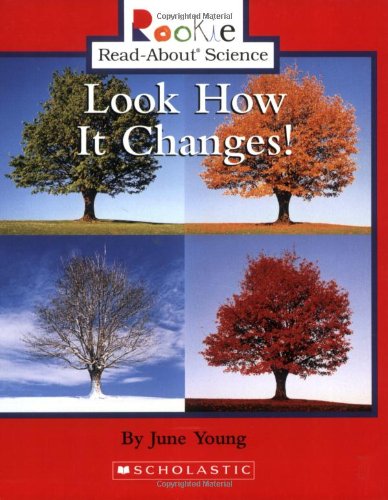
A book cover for Look How It Changes! (Rookie Read-About Science); June Young; Children's Books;